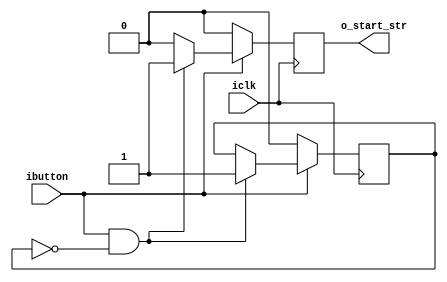
//==================================================================================================
//  Revision      : 
//  Author        : 
//  Company       : AO Kotlin-Novator
//  Email         : 
//
//  Description   : 
//
//
//==================================================================================================
module Strob_cutter 
(
input       iclk,
input       ibutton,
output reg  o_start_str
);
//Logic
reg rdff; //  
//Initial
initial begin
	rdff        = 1'b0;
	o_start_str = 1'b0;
end
//main
always @(posedge iclk) begin
	//  
	if((ibutton)&(!rdff)) begin
	 o_start_str = 1'b1;
	 rdff = 1'b1;
	end
	else begin
	 o_start_str = 1'b0;
	end
	//  
	if(!ibutton) begin
	   rdff        = 1'b0;
	   o_start_str = 1'b0;
	end
end
endmodule